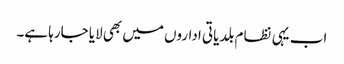
اب یہی نظام بلدیاتی اداروں میں بھی لایا جارہا ہے۔